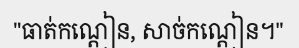
"ធាត់កណ្តៀន, សាច់កណ្តៀន។"